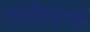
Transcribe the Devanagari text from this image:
तारोताजा